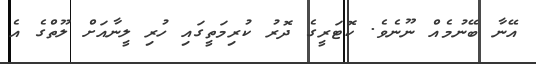
އޭނާ ބޭނުމެއް ނޫނެވެ. ކޮޓަރީގެ ދޮރު ކުރިމަތީގައި ހުރި ލީނާއަށް ލޫތްގެ އެ